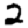
Digit: 2